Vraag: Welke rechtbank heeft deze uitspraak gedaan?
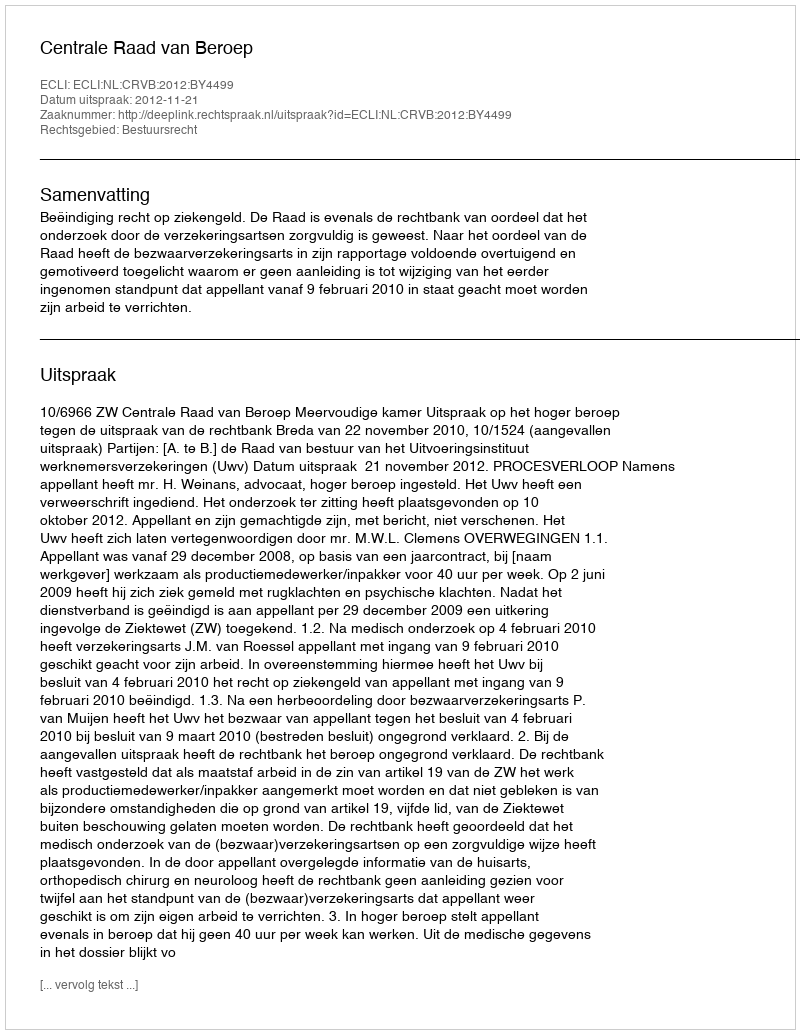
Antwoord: Centrale Raad van Beroep